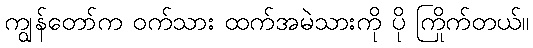
ကျွန်တော်က ဝက်သား ထက်အမဲသားကို ပို ကြိုက်တယ်။